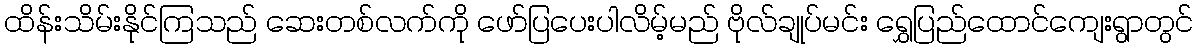
ထိန်းသိမ်းနိုင်ကြသည် ဆေးတစ်လက်ကို ဖော်ပြပေးပါလိမ့်မည် ဗိုလ်ချုပ်မင်း ရွှေပြည်ထောင်ကျေးရွာတွင်